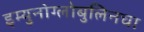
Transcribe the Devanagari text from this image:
इम्युनोग्लोबुलिनचा